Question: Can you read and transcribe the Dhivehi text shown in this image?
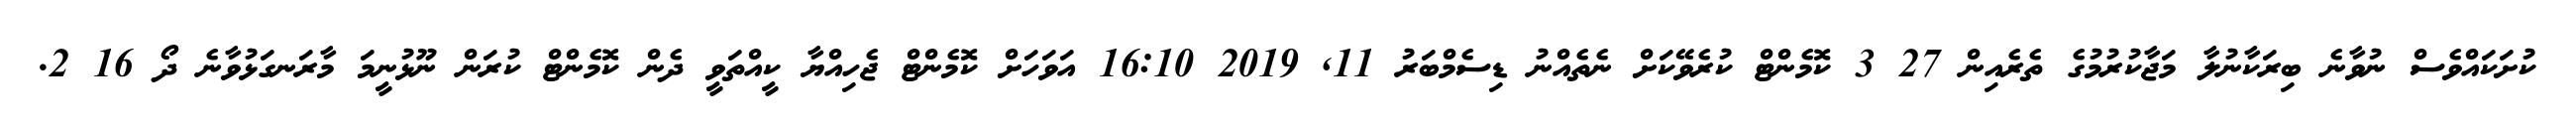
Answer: ކުށަކައްވެސް ނުވާނެ ބިރަކާނުލާ މަޖާކުރުމުގެ ތެރެއިން 27 3 ކޮމެންޓް ކުރެވޭކަށް ނެތެއްނު ޑިސެމްބަރު 11, 2019 16:10 އަވަހަށް ކޮމެންޓް ޖެހިއްޔާ ކީއްތަވީ ދެން ކޮމެންޓް ކުރަން ނޫޅުނީމަ މާރަނގަޅުވާނެ ދޯ 16 2.